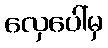
လှေပေါ်မှ